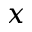
\boldsymbol { x }